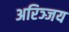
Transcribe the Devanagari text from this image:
अरिञ्जय